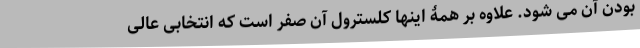
بودن آن می شود. علاوه بر همۀ اینها کلسترول آن صفر است که انتخابی عالی